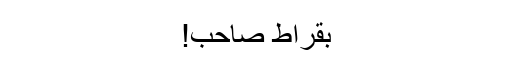
بقراط صاحب!